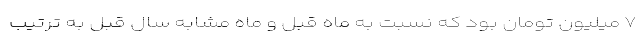
۷ میلیون تومان بود که نسبت به ماه قبل و ماه مشابه سال قبل به ترتیب